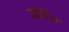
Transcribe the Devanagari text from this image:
डोर्पेन